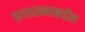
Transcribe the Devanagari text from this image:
प्रशासनाकडील